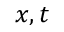
x , t